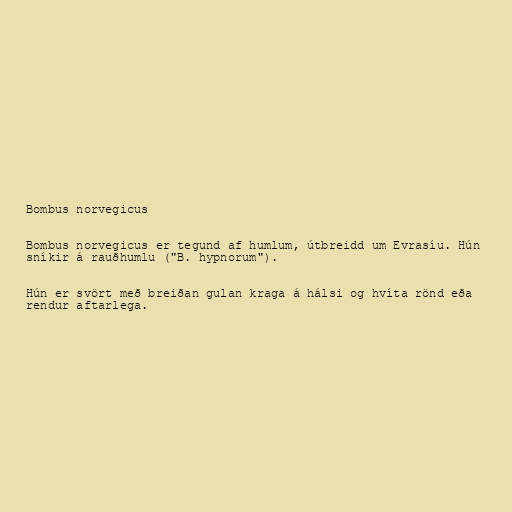
Bombus norvegicus

Bombus norvegicus er tegund af humlum, útbreidd um Evrasíu. Hún
sníkir á rauðhumlu ("B. hypnorum").

Hún er svört með breiðan gulan kraga á hálsi og hvíta rönd eða
rendur aftarlega.